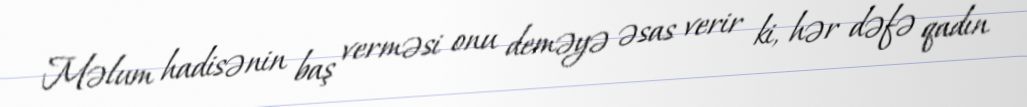
Məlum hadisənin baş verməsi onu deməyə əsas verir ki, hər dəfə qadın